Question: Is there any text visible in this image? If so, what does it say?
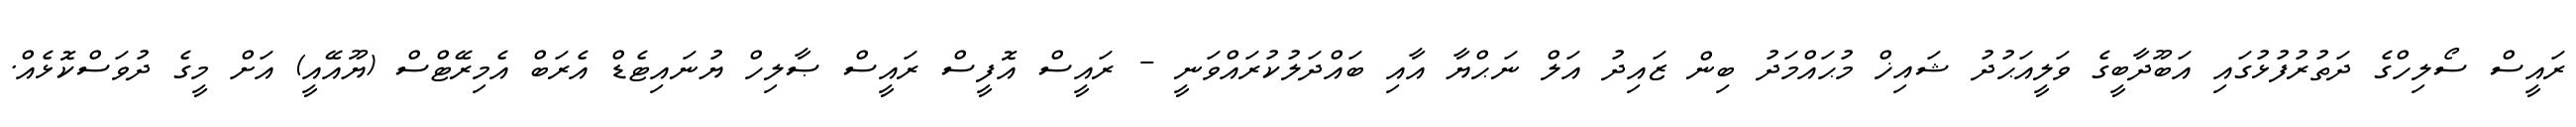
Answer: ރައީސް ސޯލިހްގެ ދަތުރުފުޅުގައި އަބޫދާބީގެ ވަލީއަޙުދު ޝައިޚް މުޙައްމަދު ބިން ޒައިދު އަލް ނަޙްޔާ އާއި ބައްދަލުކުރައްވަނީ - ރައީސް އޮފީސް ރައީސް ޞާލިހް ޔުނައިޓެޑް އެރަބް އެމިރޭޓްސް (ޔޫއޭއީ) އަށް މީގެ ދުވަސްކޮޅެއް.